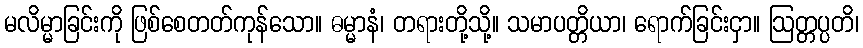
မလိမ္မာခြင်းကို ဖြစ်စေတတ်ကုန်သော။ ဓမ္မာနံ၊ တရားတို့သို့။ သမာပတ္တိယာ၊ ရောက်ခြင်းငှာ။ ဩတ္တပ္ပတိ၊